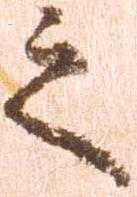
之